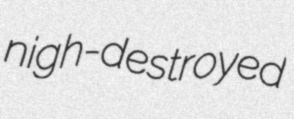
nigh-destroyed